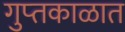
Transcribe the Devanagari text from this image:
गुप्‍तकाळात